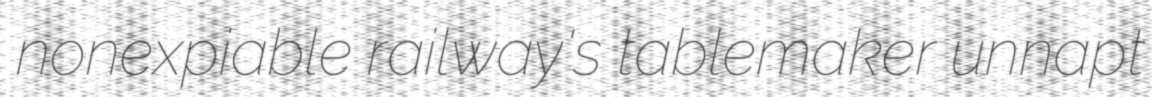
nonexpiable railway's tablemaker unnapt